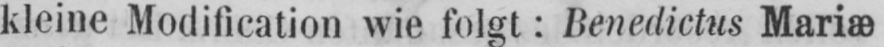
kleine Modification wie folgt: Benedictus Mariæ